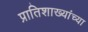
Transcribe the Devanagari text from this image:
प्रातिशाख्यांच्या